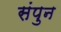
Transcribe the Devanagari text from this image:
संपुन